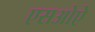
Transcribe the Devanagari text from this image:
एसओऐ